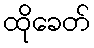
ထိုခေတ်